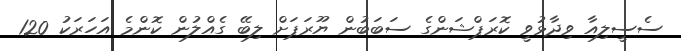
ސެސީލިއާ ވިދާޅުވީ ކޮރަޕްޝަންގެ ސަބަބުން ޔޫރަޕަށް ލިބޭ ގެއްލުން ކޮންމެ އަހަރަކު 120